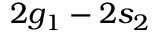
2 g _ { 1 } - 2 s _ { 2 }